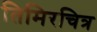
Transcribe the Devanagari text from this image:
तिमिरचित्र